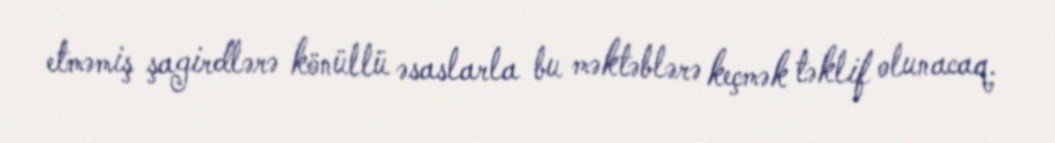
etməmiş şagirdlərə könüllü əsaslarla bu məktəblərə keçmək təklif olunacaq.